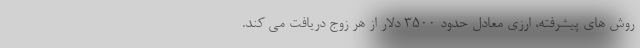
روش های پیشرفته، ارزی معادل حدود ۳۵۰۰ دلار از هر زوج دریافت می کند.